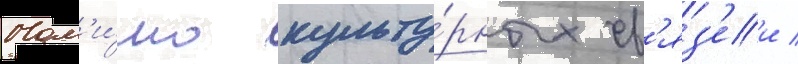
Пом'и́мо культу́рных св'яз'еи /